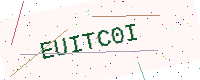
Text: EUITC0I